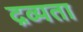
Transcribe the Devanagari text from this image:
द्रव्यता